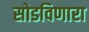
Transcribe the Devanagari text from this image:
सोडविणारा